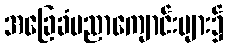
အခြေခံပညာကျောင်းများ၌